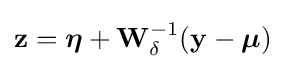
\mathbf {z} ={\boldsymbol {\eta }}+\mathbf {W} _{\delta }^{-1}(\mathbf {y} -{\boldsymbol {\mu }})